Civil Veterinary Department Bihar & Orissa reports 1929-36 - 1929-1936
Year: 1929
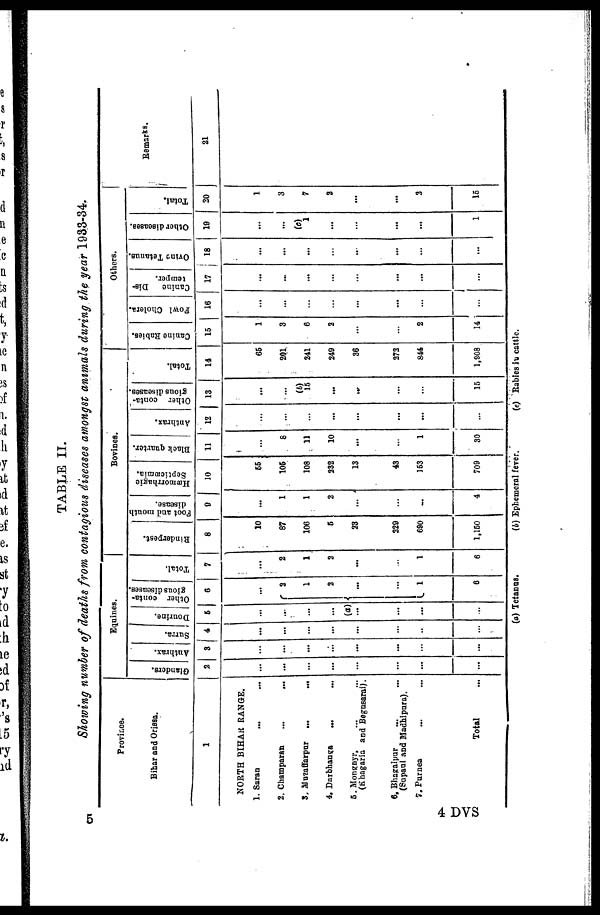
TABLE II.
Showing number of deaths from contagious diseases amongst animals during the year 1983-34.
Province.
Bihar and Orissa.
1
NORTH BIHAR RANGE.
1. Saran
...
...
2. Champaran ... ...
3. Muzaffarpur
... ...
4. Darbhanga ... ...
5. Monghyr, ... ...
(Khagaria and Begusarai).
6. Bhagalpur ... ...
(Supaul and Madhipura).
7. Purnea ... ...
Total ...
Equines.
Glanders.
2
...
...
...
...
...
...
...
...
Anthrax.
3
...
...
...
...
...
...
...
...
Surra.
4
...
...
...
...
...
...
...
...
Dourine.
6
...
...
...
...
(a)
...
...
...
...
Other conta-
gious diseases.
6
...
2
1
2
...
...
1
6
Total.
7
...
2
1
2
...
...
1
6
Bovines.
Rinderpest.
8
10
87
106
6
23
229
690
1,160
Foot and mouth
disease.
0
...
1
1
2
...
...
...
4
Hæmorrhagic
Septicæmia.
10
65
106
108
232
13
43
163
709
Black quarter.
11
...
8
11
10
...
...
1
30
Anthrax.
12
...
...
...
...
...
...
...
...
Other conta-
gious diseases.
13
...
...
(b)
15
...
...
...
...
16
Total.
14
66
201
241
249
36
273
844
1,908
Others.
Canine Rabies.
16
1
3
6
2
...
...
2
14
Fowl Cholera.
16
...
...
...
...
...
...
...
...
Canine
Dis-
temper.
17
...
...
...
...
...
...
...
...
Ovine Tetanus.
18
...
...
...
...
...
...
...
...
Other diseases.
19
...
...
(e)
1
...
...
...
...
1
Total.
20
1
3
7
2
...
...
3
16
Remarks.
21
(a) Tetanus.
(b) Ephemeral fever.
(e) Rabies in cattle.
5
4 DVS